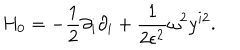
LaTeX: H _ { 0 } = - \frac { 1 } { 2 } \partial _ { i } \partial _ { i } + \frac { 1 } { 2 \epsilon ^ { 2 } } \omega ^ { 2 } y ^ { i 2 } .